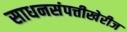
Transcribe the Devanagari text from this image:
साधनसंपत्तीखेरीज